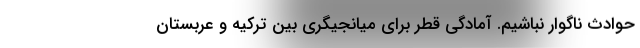
حوادث ناگوار نباشیم. آمادگی قطر برای میانجیگری بین ترکیه و عربستان